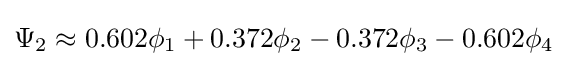
\Psi _{2}\approx 0.602\phi _{1}+0.372\phi _{2}-0.372\phi _{3}-0.602\phi _{4}